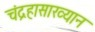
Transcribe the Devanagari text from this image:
चंद्रहासाख्यान